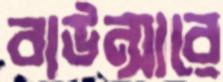
বাউন্সারে